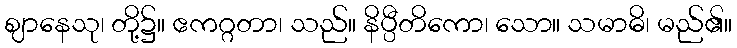
ဈာနေသု၊ တို့၌။ ဧကဂ္ဂတာ၊ သည်။ နိပ္ပီတိကော၊ သော။ သမာဓိ၊ မည်၏။